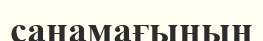
санамағының